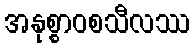
အနုစ္စာဝစသီလဿ